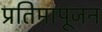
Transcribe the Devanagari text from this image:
प्रतिमापूजन